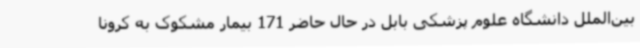
بین‌الملل دانشگاه علوم پزشکی بابل در حال حاضر 171 بیمار مشکوک به کرونا